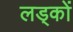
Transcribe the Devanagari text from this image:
लड्कों